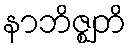
နာဘိဇ္ဈတိ